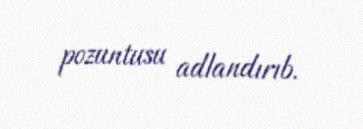
pozuntusu adlandırıb.